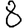
Digit: 8